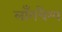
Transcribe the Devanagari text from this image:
लॉंगचैम्प